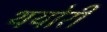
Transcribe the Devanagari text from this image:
थयोरी